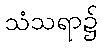
သံသရာ၌